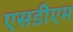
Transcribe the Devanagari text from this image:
एसडीएम